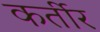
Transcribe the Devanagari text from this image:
कर्तीर